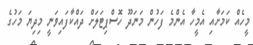
މީހެއް ކަމަށާއި އެމީހާ އެންމެ ފަހުން މަނަދޫ ހޮސްޕިޓަލަށް ދައްކާފައިވަނީ މިދިޔަ މަހުގެ